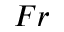
F r